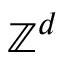
\mathbb { Z } ^ { d }